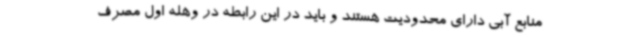
منابع آبی دارای محدودیت هستند و باید در این رابطه در وهله اول مصرف